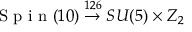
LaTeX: \textrm { S p i n } ( 1 0 ) \stackrel { 1 2 6 } { \rightarrow } S U ( 5 ) \times Z _ { 2 }